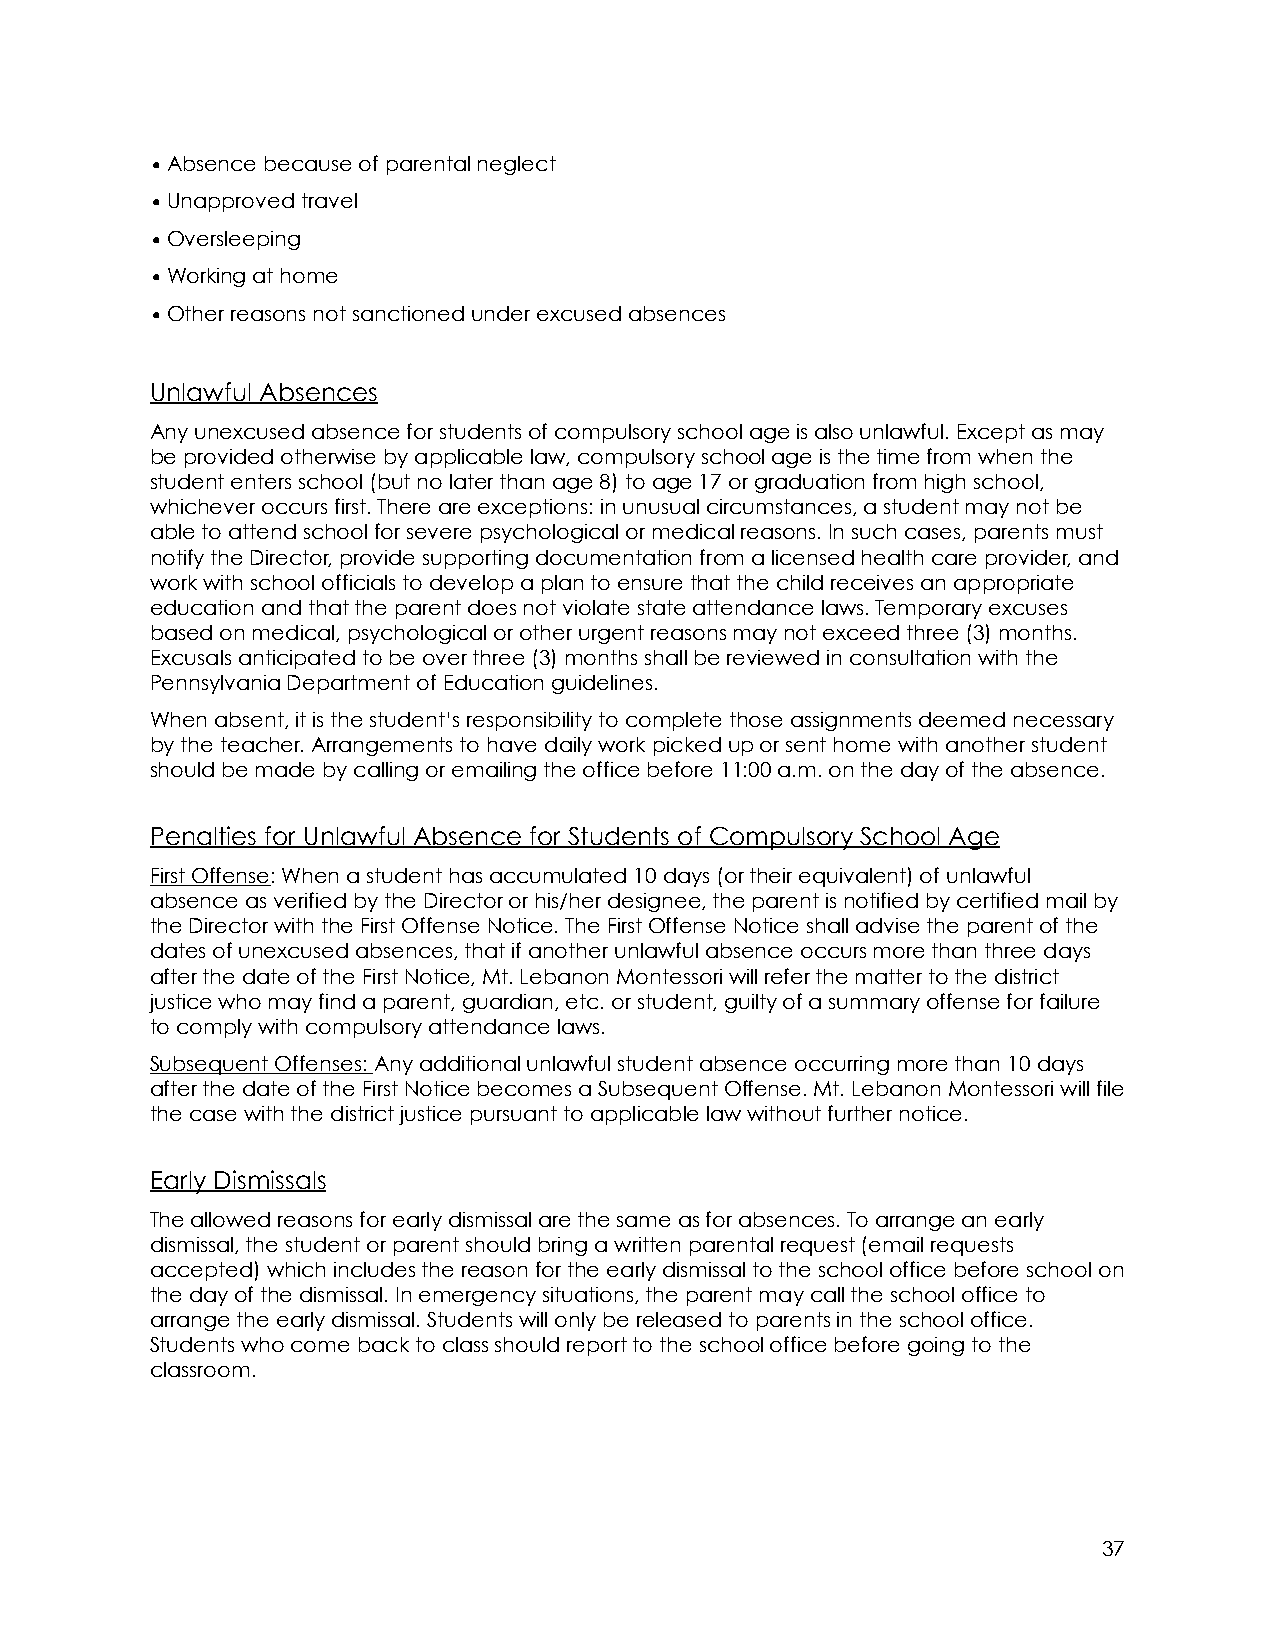
•Absence because of parental neglect
 •Unapproved travel
 •Oversleeping
 •Working at home
 •Other reasons not sanctioned under excused absences
 Unlawful Absences
 Any unexcused absence for students of compulsory school age is also unlawful. Except as may
 be provided otherwise by applicable law, compulsory school age is the time from when the
 student enters school (but no later than age 8) to age 17 or graduation from high school,
 whichever occurs first. There are exceptions: in unusual circumstances, a student may not be
 able to attend school for severe psychological or medical reasons. In such cases, parents must
 notify the Director, provide supporting documentation from a licensed health care provider, and
 work with school officials to develop a plan to ensure that the child receives an appropriate
 education and that the parent does not violate state attendance laws. Temporary excuses
 based on medical, psychological or other urgent reasons may not exceed three (3) months.
 Excusals anticipated to be over three (3) months shall be reviewed in consultation with the
 Pennsylvania Department of Education guidelines.
 When absent, it is the student’s responsibility to complete those assignments deemed necessary
 by the teacher. Arrangements to have daily work picked up or sent home with another student
 should be made by calling or emailing the office before 11:00 a.m. on the day of the absence.
 Penalties for Unlawful Absence for Students of Compulsory School Age
 First Offense: When a student has accumulated 10 days (or their equivalent) of unlawful
 absence as verified by the Director or his/her designee, the parent is notified by certified mail by
 the Director with the First Offense Notice. The First Offense Notice shall advise the parent of the
 dates of unexcused absences, that if another unlawful absence occurs more than three days
 after the date of the First Notice, Mt. Lebanon Montessori will refer the matter to the district
 justice who may find a parent, guardian, etc. or student, guilty of a summary offense for failure
 to comply with compulsory attendance laws.
 Subsequent Offenses: Any additional unlawful student absence occurring more than 10 days
 after the date of the First Notice becomes a Subsequent Offense. Mt. Lebanon Montessori will file
 the case with the district justice pursuant to applicable law without further notice.
 Early Dismissals
 The allowed reasons for early dismissal are the same as for absences. To arrange an early
 dismissal, the student or parent should bring a written parental request (email requests
 accepted) which includes the reason for the early dismissal to the school office before school on
 the day of the dismissal. In emergency situations, the parent may call the school office to
 arrange the early dismissal. Students will only be released to parents in the school office.
 Students who come back to class should report to the school office before going to the
 classroom.
 37